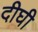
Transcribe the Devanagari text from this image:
दीघी